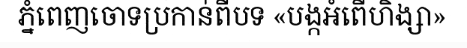
ភ្នំពេញចោទប្រកាន់ពីបទ «បង្កអំពើហិង្សា»